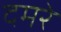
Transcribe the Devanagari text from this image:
दमरे